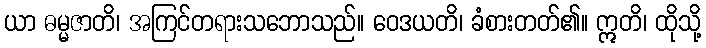
ယာ ဓမ္မဇာတိ၊ အကြင်တရားသဘောသည်။ ဝေဒယတိ၊ ခံစားတတ်၏။ ဣတိ၊ ထိုသို့